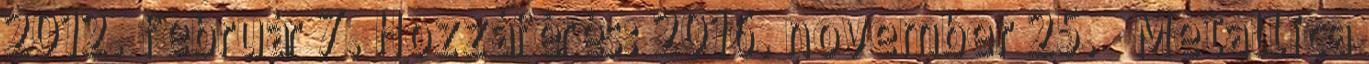
2012. február 7. Hozzáférés: 2016. november 25. ↑ Metallica